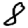
Digit: 8